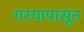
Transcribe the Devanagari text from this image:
गरयापासून